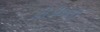
કીડીખાઉ